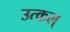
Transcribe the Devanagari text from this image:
उत्कल्